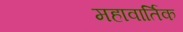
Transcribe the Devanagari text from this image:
महावार्तिक